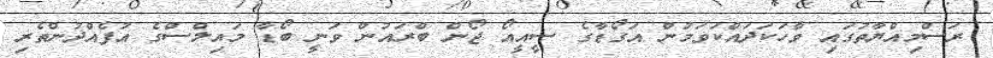
ރަސްމިއްޔާތުގައި ވާހަކަދައްކަވަމުން އަގޯޑާގެ ސީއީއޯ ޖޯން ބްރައުން ވަނީ ބޯޑާ މައިލްސްގެ އުފެއްދުންތެރި